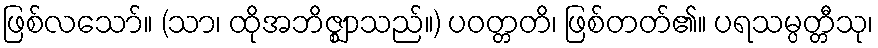
ဖြစ်လသော်။ (သာ၊ ထိုအဘိဇ္ဈာသည်။) ပဝတ္တတိ၊ ဖြစ်တတ်၏။ ပရသမ္ပတ္တီသု၊